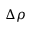
\Delta \rho